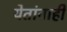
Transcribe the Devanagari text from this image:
येतांनाही